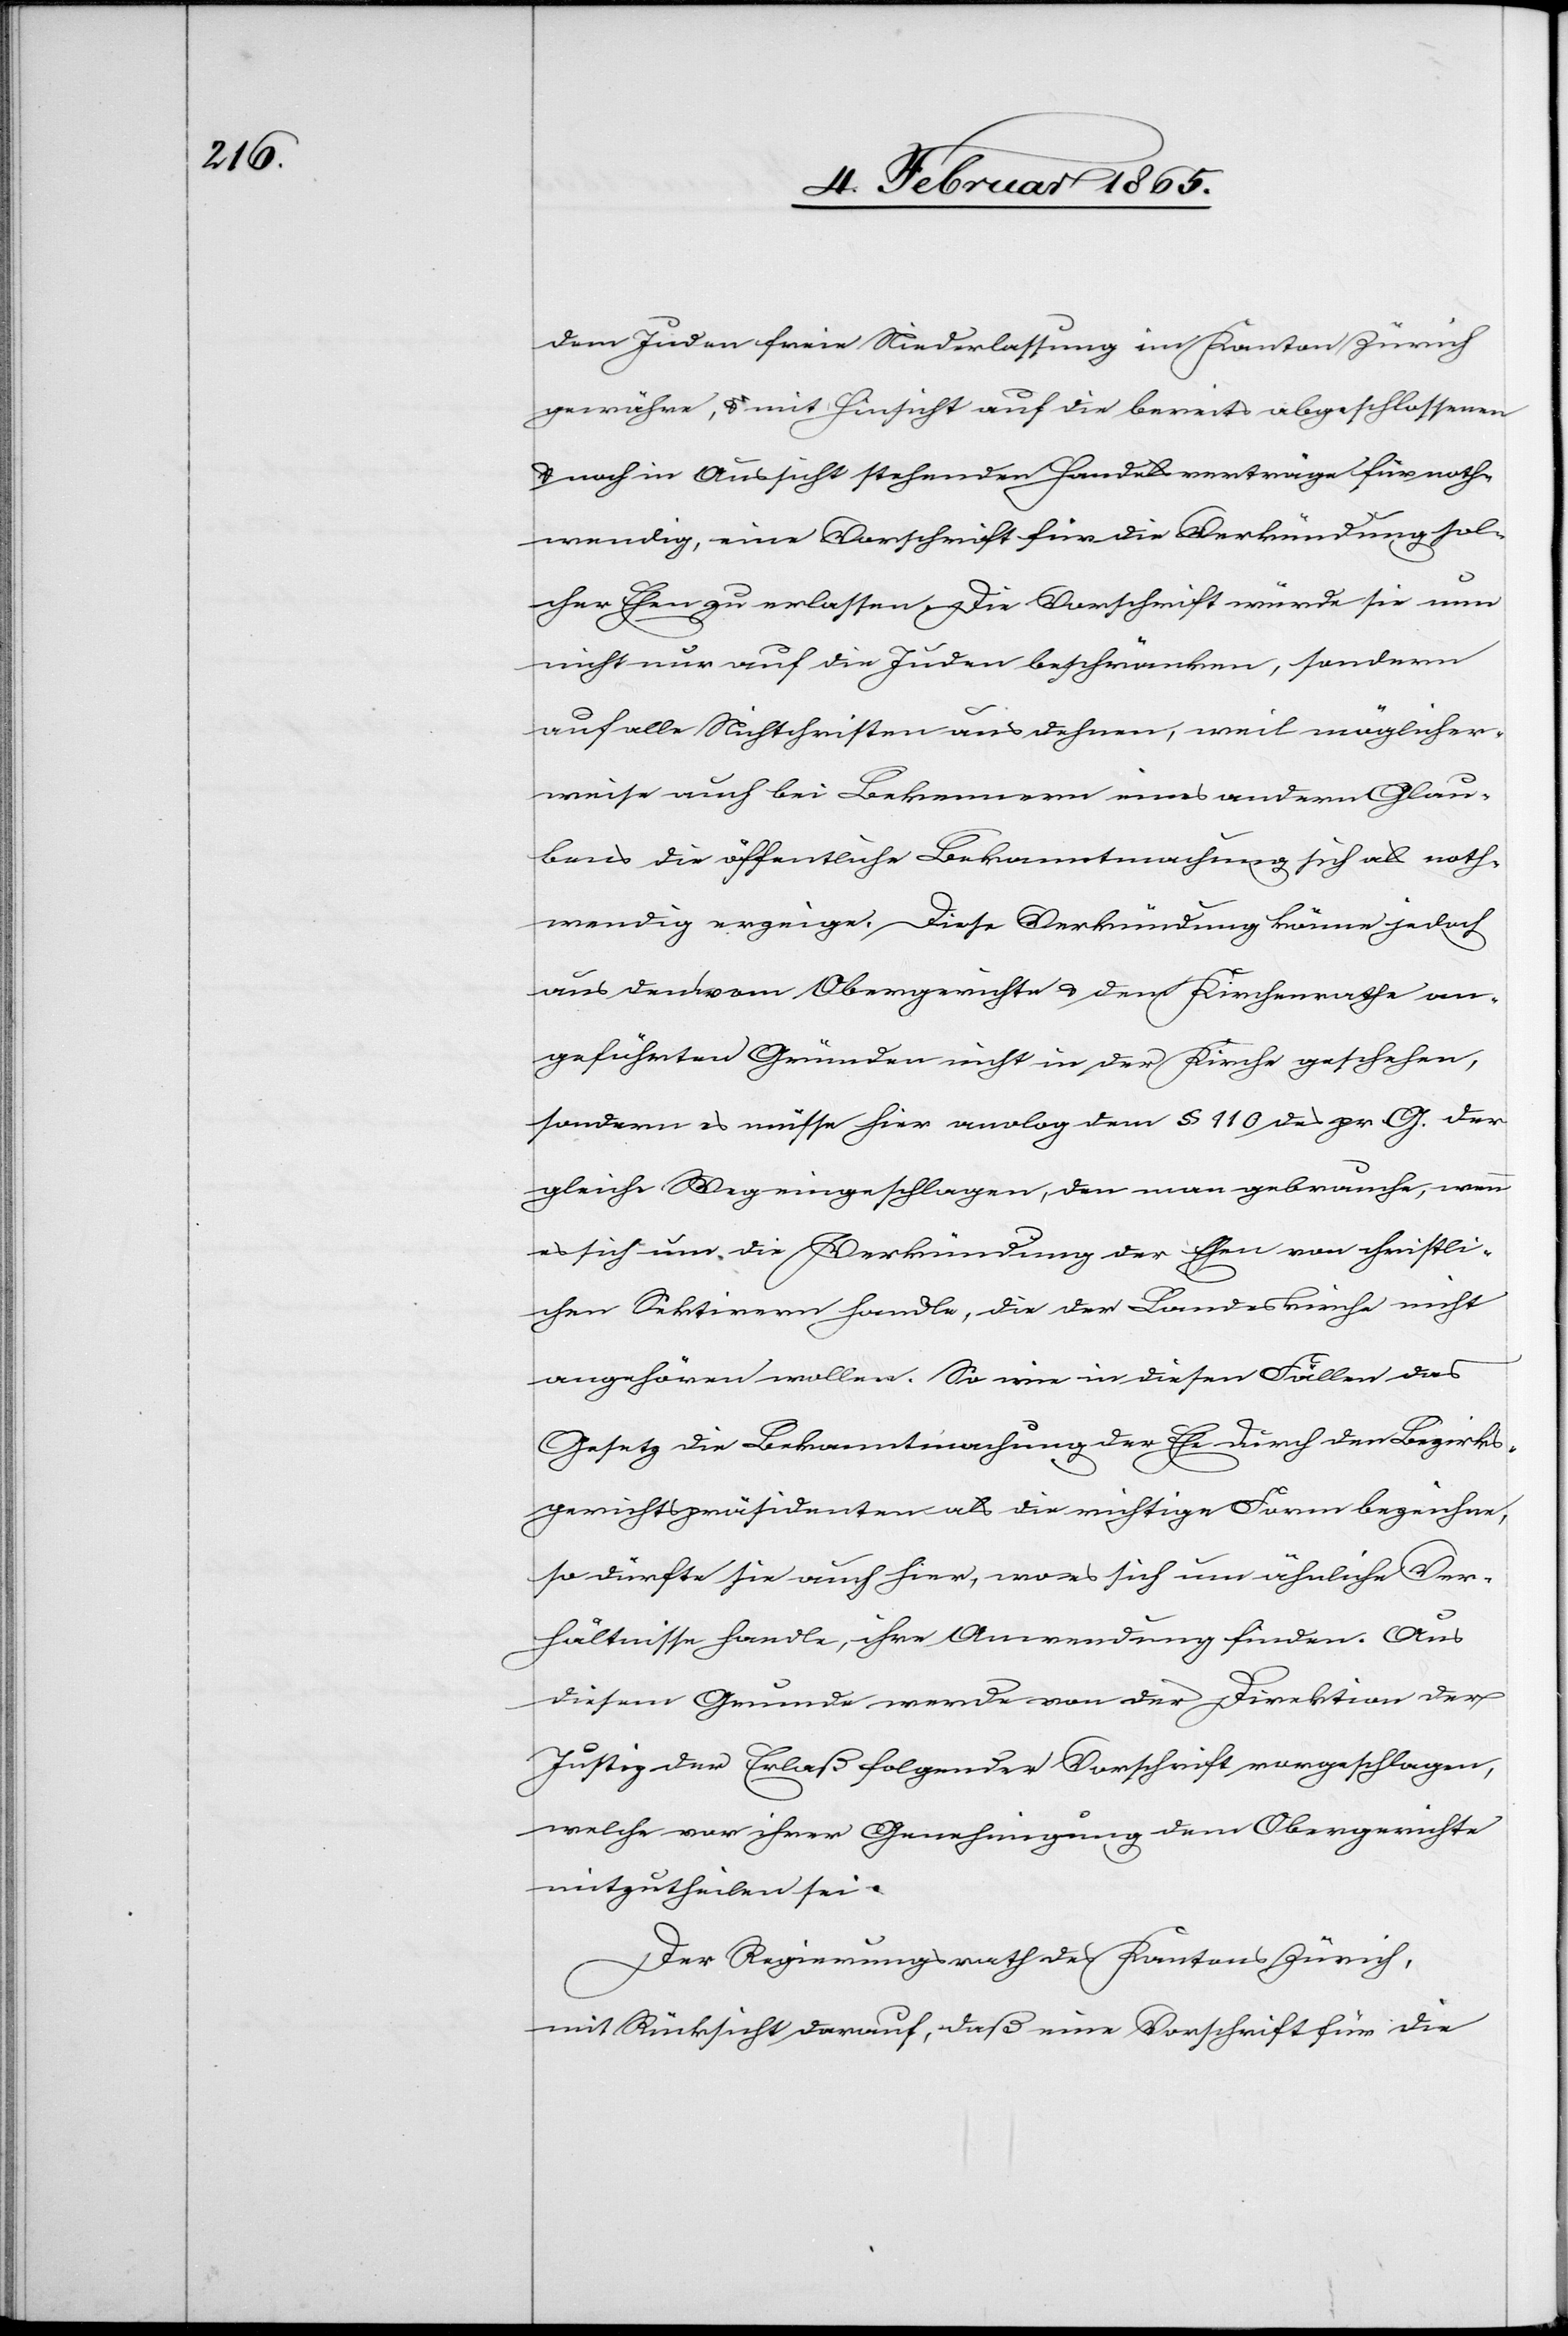
dem Juden freie Niederlassung im Kanton Zürich
gewähre, u. mit Hinsicht auf die bereits abgeschlossenen
u. noch in Aussicht stehenden Handelsverträge für noth¬
wendig, eine Vorschrift für die Verkündung sol¬
cher Ehen zu erlassen. Die Vorschrift würde sie nun
nicht nur auf die Juden beschränken, sondern
auf alle Nichtchristen ausdehnen, weil möglicher¬
weise auch bei Bekennern eines andern Glau¬
bens die öffentliche Bekanntmachung sich als noth¬
wendig erzeige. Diese Verkündung könne jedoch
aus den vom Obergerichte u. dem Kirchenrathe an¬
geführten Gründen nicht in der Kirche geschehen,
sondern es müsse hier analog dem § 110 des pr. G. der
gleiche Weg eingeschlagen, den man gebrauche, wenn
es sich um die Verkündung der Ehen von christli¬
chen Sektirern handle, die der Landeskirche nicht
angehören wollen. So wie in diesen Fällen das
Gesetz die Bekanntmachung der Ehe durch den Bezirks¬
gerichtspräsidenten als die richtige Form bezeichne,
so dürfte sie auch hier, wo es sich um ähnliche Ver¬
hältnisse handle, ihre Anwendung finden. Aus
diesem Grunde werde von der Direktion der
Justiz der Erlaß folgender Vorschrift vorgeschlagen,
welche vor ihrer Genehmigung dem Obergerichte
mitzutheilen sei.
Der Regierungsrath des Kantons Zürich,
mit Rücksicht darauf, daß eine Vorschrift für die